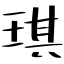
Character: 琪